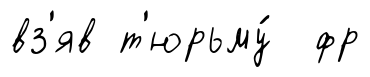
вз'яв т'юрьму́ фр